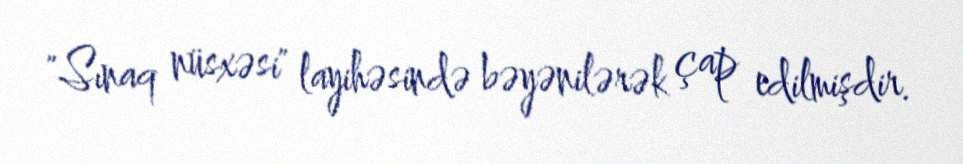
"Sınaq nüsxəsi" layihəsində bəyənilərək çap edilmişdir.